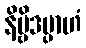
နိဗ္ဗိဒမ္ပာဟံ